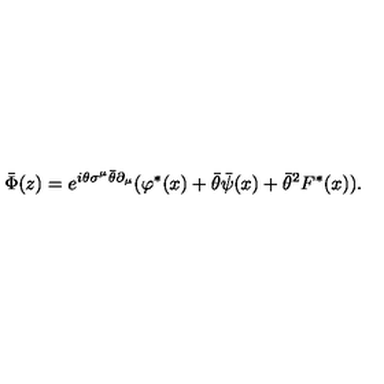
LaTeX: \bar { \Phi } ( z ) = e ^ { i \theta \sigma ^ { \mu } \bar { \theta } \partial _ { \mu } } ( \varphi ^ { * } ( x ) + \bar { \theta } \bar { \psi } ( x ) + \bar { \theta } ^ { 2 } F ^ { * } ( x ) ) .